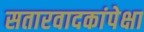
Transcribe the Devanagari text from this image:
सतारवादकांपेक्षा